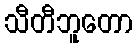
သီတီဘူတော